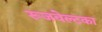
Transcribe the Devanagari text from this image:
रूजवेल्टका